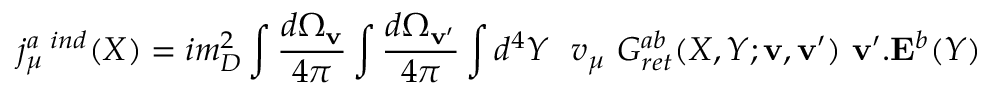
j _ { \mu } ^ { a \ i n d } ( X ) = i m _ { D } ^ { 2 } \int { \frac { d \Omega _ { \bf v } } { 4 \pi } } \int { \frac { d \Omega _ { \bf v ^ { \prime } } } { 4 \pi } } \int d ^ { 4 } Y \ \ v _ { \mu } \ G _ { r e t } ^ { a b } ( X , Y ; { \bf v } , { \bf v ^ { \prime } } ) \ { \bf v ^ { \prime } } . { \bf E } ^ { b } ( Y )